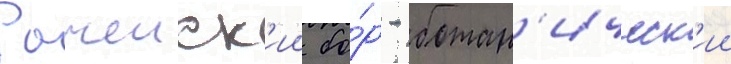
Рачеиск'ии бо́р - ботан'ическ'ии